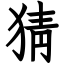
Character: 猜